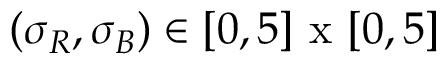
( \sigma _ { R } , \sigma _ { B } ) \in [ 0 , 5 ] \mathrm { ~ x ~ } [ 0 , 5 ]